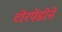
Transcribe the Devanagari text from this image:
टोरपेडोने